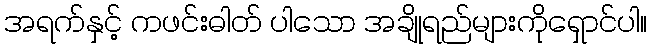
အရက်နှင့် ကဖင်းဓါတ် ပါသော အချိုရည်များကိုရှောင်ပါ။